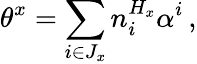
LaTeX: \theta^{x}=\sum_{i\in J_{x}}n_{i}^{H_{x}}\alpha^{i}\, ,